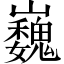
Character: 巍